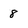
Character: 8